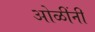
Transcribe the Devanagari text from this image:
ओळींनी